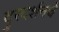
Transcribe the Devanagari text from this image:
दुरदर्शनचे